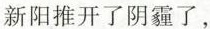
新阳推开了阴霾了，